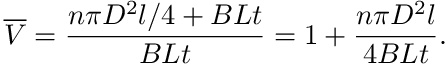
\overline { { V } } = \frac { n \pi D ^ { 2 } l / 4 + B L t } { B L t } = 1 + \frac { n \pi D ^ { 2 } l } { 4 B L t } .